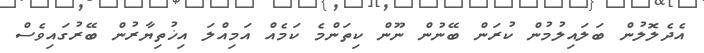
އެދެލޮލުން ބަލައިލުމުން ކުރަން ބޭނުން ނޫން ކިތަންމެ ކަމެއް އަމިއްލަ އިޚުތިޔާރުން ބޭރުގައިވެސް